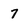
Character: 7